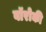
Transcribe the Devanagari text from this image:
बॉरोकी